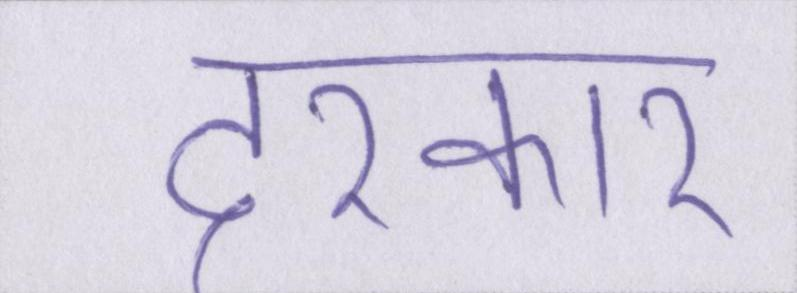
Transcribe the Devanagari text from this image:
दरकार